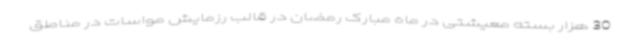
30 هزار بسته معیشتی در ماه مبارک رمضان در قالب رزمایش مواسات در مناطق